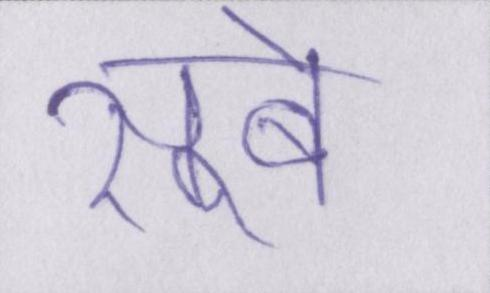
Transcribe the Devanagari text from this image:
सूबे